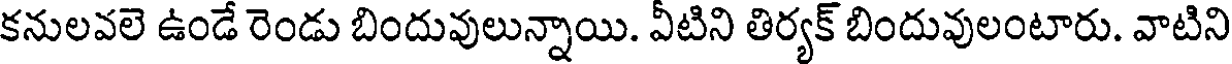
కనులవలె ఉండే రెండు బిందువులున్నాయి. వీటిని తిర్యక్ బిందువులంటారు. వాటిని